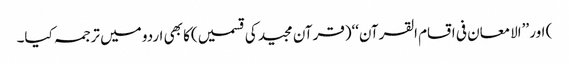
) اور ’’الامعان فی اقسام القرآن‘‘(قرآن مجید کی قسمیں)کا بھی اردو میں ترجمہ کیا۔